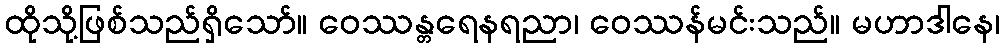
ထိုသို့ဖြစ်သည်ရှိသော်။ ဝေဿန္တရေနရညာ၊ ဝေဿန်မင်းသည်။ မဟာဒါနေ၊